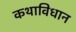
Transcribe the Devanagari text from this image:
कथाविधान